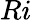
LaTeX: Ri